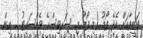
ވަޒީފާއަށް އެދޭ ފޯމު (މި ފޯމު މި ސަރވިސްގެ ވެބްސައިޓު ... އިން